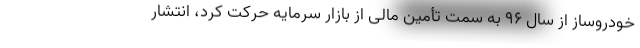
خودروساز از سال 96 به سمت تأمین مالی از بازار سرمایه حرکت کرد، انتشار